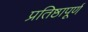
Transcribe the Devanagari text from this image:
प्रतिष्ठापूर्ण